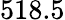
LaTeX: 518.5